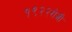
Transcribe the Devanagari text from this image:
१९२२रोजी